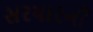
સરધારની